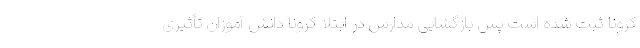
کرونا ثبت شده است پس بازگشایی مدارس در ابتلا کرونا دانش آموزان تأثیری